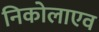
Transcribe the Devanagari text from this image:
निकोलाएव